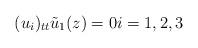
LaTeX: \begin{align*}(u_i)_{tt} \tilde u_1(z) = 0 i = 1,2,3\end{align*}